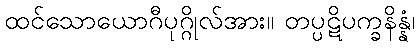
ထင်သောယောဂီပုဂ္ဂိုလ်အား။ တပ္ပဋိပက္ခနိန္နံ၊